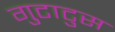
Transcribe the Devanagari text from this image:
गुटाटुस